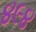
૪૯૪